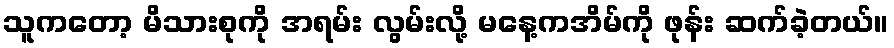
သူကတော့ မိသားစုကို အရမ်း လွမ်းလို့ မနေ့ကအိမ်ကို ဖုန်း ဆက်ခဲ့တယ်။